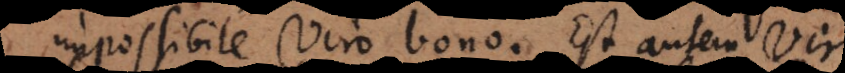
impossibile viro bono. Est autem vir